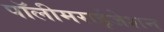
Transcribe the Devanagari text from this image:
पॉलीमराईजेशन